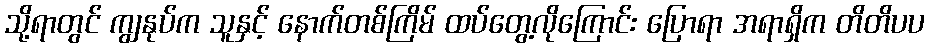
သို့ရာတွင် ကျွနုပ်က သူနှင့် နောက်တစ်ကြိမ် ထပ်တွေ့လိုကြောင်း ပြောရာ အရာရှိက တိတိပပ